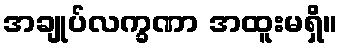
အချုပ်လက္ခဏာ အထူးမရှိ။